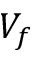
V _ { f }